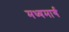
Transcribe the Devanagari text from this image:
मध्‍यमार्ग